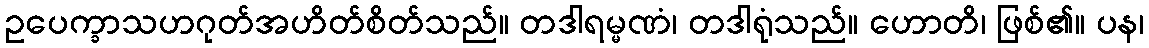
ဥပေက္ခာသဟဂုတ်အဟိတ်စိတ်သည်။ တဒါရမ္မဏံ၊ တဒါရုံသည်။ ဟောတိ၊ ဖြစ်၏။ ပန၊